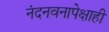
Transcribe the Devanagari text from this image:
नंदनवनापेक्षाही